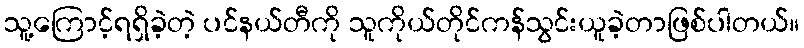
သူ့ကြောင့်ရရှိခဲ့တဲ့ ပင်နယ်တီကို သူကိုယ်တိုင်ကန်သွင်းယူခဲ့တာဖြစ်ပါတယ်။